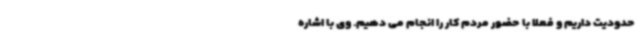
حدودیت داریم و فعلا با حضور مردم کار را انجام می دهیم. وی با اشاره